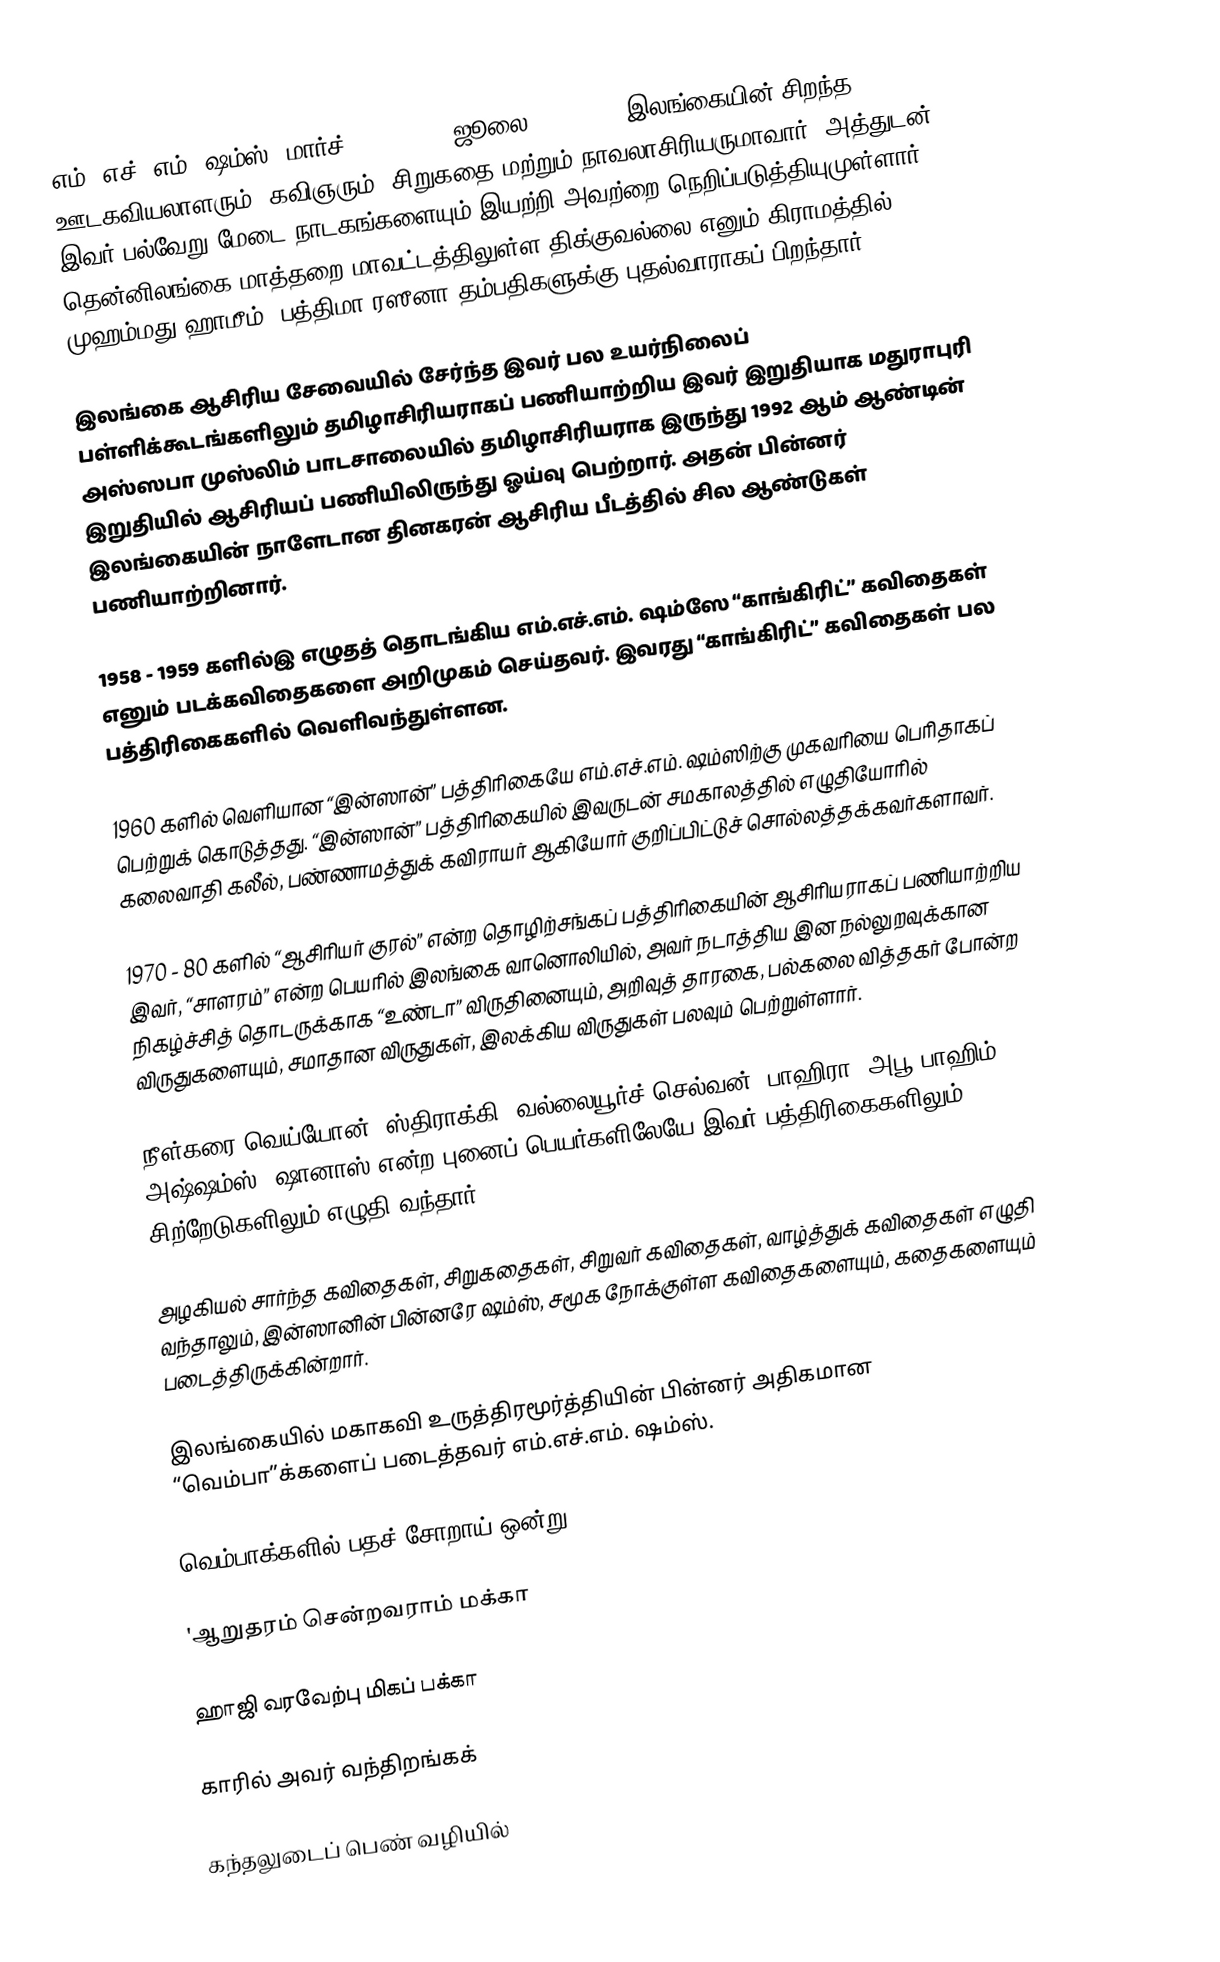
எம். எச். எம். ஷம்ஸ் (மார்ச் 17, 1940 - ஜூலை 15, 2002) இலங்கையின் சிறந்த ஊடகவியலாளரும், கவிஞரும், சிறுகதை மற்றும் நாவலாசிரியருமாவார். அத்துடன் இவர் பல்வேறு மேடை நாடகங்களையும் இயற்றி அவற்றை நெறிப்படுத்தியுமுள்ளார். தென்னிலங்கை மாத்தறை மாவட்டத்திலுள்ள திக்குவல்லை எனும் கிராமத்தில் முஹம்மது ஹாமீம், பத்திமா ரஸீனா தம்பதிகளுக்கு புதல்வாராகப் பிறந்தார்.

இலங்கை ஆசிரிய சேவையில் சேர்ந்த இவர் பல உயர்நிலைப் பள்ளிக்கூடங்களிலும் தமிழாசிரியராகப் பணியாற்றிய இவர் இறுதியாக மதுராபுரி அஸ்ஸபா முஸ்லிம் பாடசாலையில் தமிழாசிரியராக இருந்து 1992 ஆம் ஆண்டின் இறுதியில் ஆசிரியப் பணியிலிருந்து ஓய்வு பெற்றார். அதன் பின்னர் இலங்கையின் நாளேடான தினகரன் ஆசிரிய பீடத்தில் சில ஆண்டுகள் பணியாற்றினார்.

1958 - 1959 களில்இ எழுதத் தொடங்கிய எம்.எச்.எம். ஷம்ஸே  “காங்கிரிட்” கவிதைகள் எனும் படக்கவிதைகளை அறிமுகம் செய்தவர். இவரது “காங்கிரிட்” கவிதைகள் பல பத்திரிகைகளில் வெளிவந்துள்ளன.

1960 களில் வெளியான “இன்ஸான்” பத்திரிகையே எம்.எச்.எம். ஷம்ஸிற்கு முகவரியை பெரிதாகப் பெற்றுக் கொடுத்தது. “இன்ஸான்” பத்திரிகையில் இவருடன் சமகாலத்தில் எழுதியோரில் கலைவாதி கலீல், பண்ணாமத்துக் கவிராயர் ஆகியோர் குறிப்பிட்டுச் சொல்லத்தக்கவர்களாவர்.

1970 - 80 களில் “ஆசிரியர் குரல்” என்ற தொழிற்சங்கப் பத்திரிகையின் ஆசிரியராகப் பணியாற்றிய இவர், “சாளரம்” என்ற பெயரில் இலங்கை வானொலியில், அவர் நடாத்திய இன நல்லுறவுக்கான நிகழ்ச்சித் தொடருக்காக “உண்டா” விருதினையும், அறிவுத் தாரகை, பல்கலை வித்தகர் போன்ற விருதுகளையும், சமாதான விருதுகள், இலக்கிய விருதுகள் பலவும் பெற்றுள்ளார்.

நீள்கரை வெய்யோன், ஸ்திராக்கி, வல்லையூர்ச் செல்வன், பாஹிரா, அபூ பாஹிம், அஷ்ஷம்ஸ், ஷானாஸ் என்ற புனைப் பெயர்களிலேயே இவர் பத்திரிகைகளிலும், சிற்றேடுகளிலும் எழுதி வந்தார்.

அழகியல் சார்ந்த கவிதைகள், சிறுகதைகள், சிறுவர் கவிதைகள், வாழ்த்துக் கவிதைகள் எழுதி வந்தாலும், இன்ஸானின் பின்னரே ஷம்ஸ், சமூக நோக்குள்ள கவிதைகளையும், கதைகளையும் படைத்திருக்கின்றார்.

இலங்கையில் மகாகவி உருத்திரமூர்த்தியின் பின்னர் அதிகமான “வெம்பா”க்களைப் படைத்தவர் எம்.எச்.எம். ஷம்ஸ்.

வெம்பாக்களில் பதச் சோறாய் ஒன்று

'ஆறுதரம் சென்றவராம் மக்கா

ஹாஜி வரவேற்பு மிகப் பக்கா

காரில் அவர் வந்திறங்கக் 

கந்தலுடைப் பெண் வழியில்